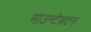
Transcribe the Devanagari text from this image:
माउन्टेबटन